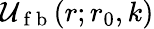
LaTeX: \mathcal{U}_{\mathrm{{~f~b~}}}(r;r_{0},k)